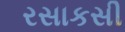
રસાકસી